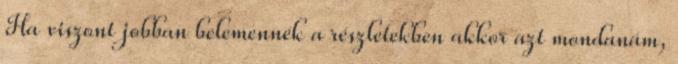
Ha viszont jobban belemennék a részletekben akkor azt mondanám,